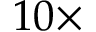
1 0 \times